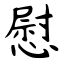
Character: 慰